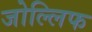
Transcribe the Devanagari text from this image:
जोल्लिफ